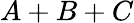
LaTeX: A+B+C